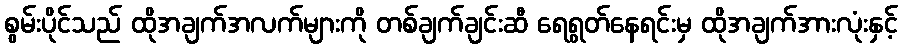
စွမ်းပိုင်သည် ထိုအချက်အလက်များကို တစ်ချက်ချင်းဆီ ရေရွတ်နေရင်းမှ ထိုအချက်အားလုံးနှင့်